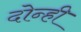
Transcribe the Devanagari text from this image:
दोन्‍ही